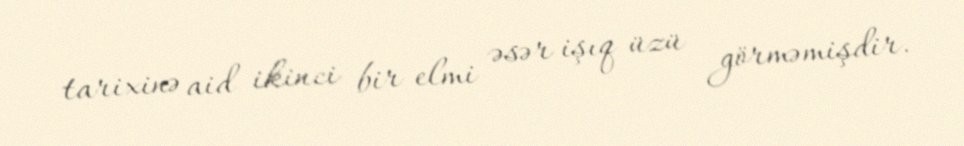
tarixinə aid ikinci bir elmi əsər işıq üzü görməmişdir.